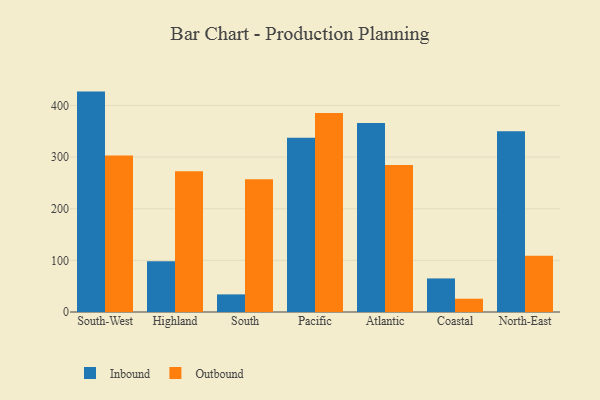
{"axis": {"x": "Region", "y": "Backlog"}, "legend": ["Inbound", "Outbound"], "data": [{"x": "South-West", "y": 426.8, "type": "Inbound"}, {"x": "South-West", "y": 303.3, "type": "Outbound"}, {"x": "Highland", "y": 98.5, "type": "Inbound"}, {"x": "Highland", "y": 272.6, "type": "Outbound"}, {"x": "South", "y": 34.1, "type": "Inbound"}, {"x": "South", "y": 257.3, "type": "Outbound"}, {"x": "Pacific", "y": 337.5, "type": "Inbound"}, {"x": "Pacific", "y": 385.4, "type": "Outbound"}, {"x": "Atlantic", "y": 366.2, "type": "Inbound"}, {"x": "Atlantic", "y": 284.6, "type": "Outbound"}, {"x": "Coastal", "y": 65.0, "type": "Inbound"}, {"x": "Coastal", "y": 25.7, "type": "Outbound"}, {"x": "North-East", "y": 350.2, "type": "Inbound"}, {"x": "North-East", "y": 108.9, "type": "Outbound"}]}